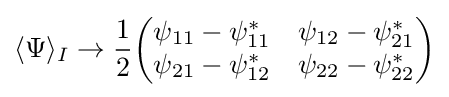
\langle \Psi \rangle _{I}\rightarrow {\frac {1}{2}}{\begin{pmatrix}\psi _{11}-\psi _{11}^{*}&\psi _{12}-\psi _{21}^{*}\\\psi _{21}-\psi _{12}^{*}&\psi _{22}-\psi _{22}^{*}\end{pmatrix}}